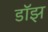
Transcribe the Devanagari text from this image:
डॉझ